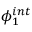
\phi _ { 1 } ^ { i n t }